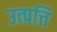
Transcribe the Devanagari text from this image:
उत्पत्ति